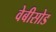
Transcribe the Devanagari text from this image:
वेबीसोड